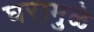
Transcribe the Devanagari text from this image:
घरामुळे